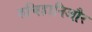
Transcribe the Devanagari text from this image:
रुचिहानिऔर